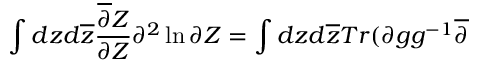
\int d z d \overline { { { z } } } \frac { \overline { { { \partial } } } Z } { \partial Z } \partial ^ { 2 } \ln \partial Z = \int d z d \overline { { { z } } } T r ( \partial g g ^ { - 1 } \overline { { { \partial } } }